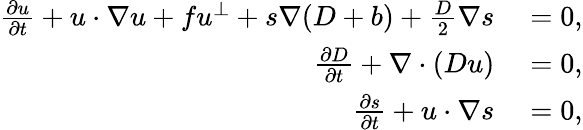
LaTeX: \begin{array}{rl}{\frac{\partial u}{\partial t}+u\cdot\nabla u+fu^{\perp}+s\nabla(D+b)+\frac{D}{2}\nabla s}&{{}=0,}\\ {\frac{\partial D}{\partial t}+\nabla\cdot(Du)}&{{}=0,}\\ {\frac{\partial s}{\partial t}+u\cdot\nabla s}&{{}=0,}\end{array}